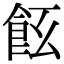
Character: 𩚞